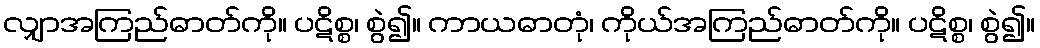
လျှာအကြည်ဓာတ်ကို။ ပဋိစ္စ၊ စွဲ၍။ ကာယဓာတုံ၊ ကိုယ်အကြည်ဓာတ်ကို။ ပဋိစ္စ၊ စွဲ၍။